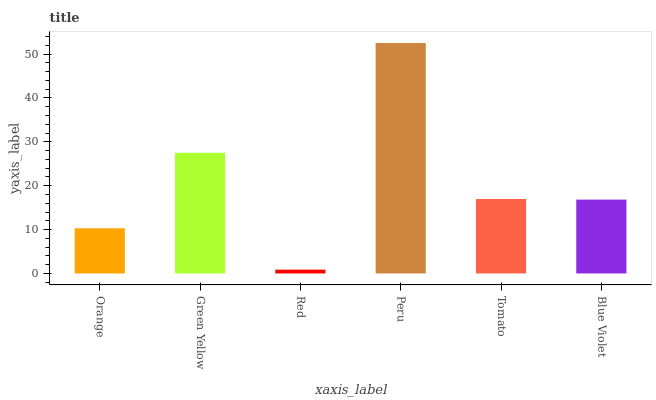
| xaxis_label | bars |
 | --- | --- |
 | Orange | 10.3 |
 | Green Yellow | 27.5 |
 | Red | 0.869 |
 | Peru | 52.5 |
 | Tomato | 17 |
 | Blue Violet | 16.8 |